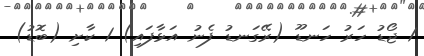
1 ޖޯޑު ހަރު ހަނޑޫ (ރޭގަނޑު ފެނު އަޅާފައި) 1 ކާށި (ބޮޑު)